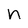
Character: n